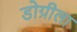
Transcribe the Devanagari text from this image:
डोग्रीला